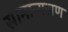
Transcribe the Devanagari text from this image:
सामान्यजण